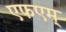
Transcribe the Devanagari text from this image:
एफएम्